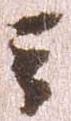
云